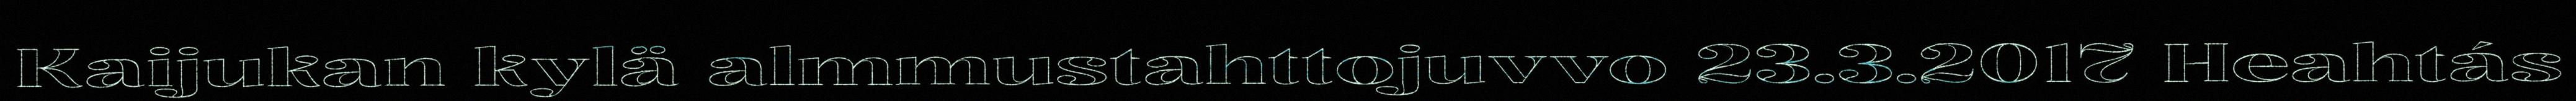
Kaijukan kylä almmustahttojuvvo 23.3.2017 Heahtás